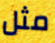
مثل